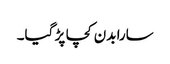
سارا بدن کچا پڑ گیا۔